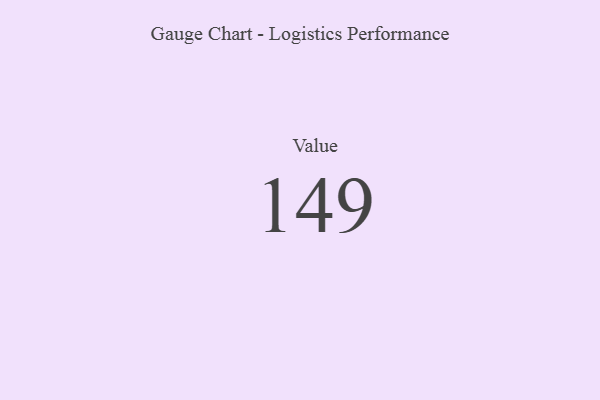
{"axis": {"x": "Metric", "y": "Value"}, "legend": [""], "data": [{"x": "Value", "y": 149, "type": ""}]}